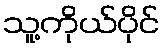
သူ့ကိုယ်ပိုင်